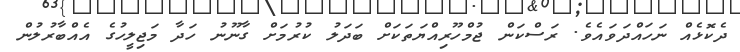
ދެކޮޅެއް ނަހައްދަވައެވެ. ރަސްކަން ޖުމްހޫރިއްޔަތަކަށް ބަދަލު ކުރުމަށް ގާނޫނު ހަދާ މަޖިލީހުގެ އެއްބާރުލުން